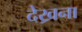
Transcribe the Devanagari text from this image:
देख्रना